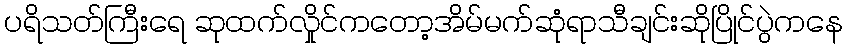
ပရိသတ်ကြီးရေ ဆုထက်လှိုင်ကတော့အိမ်မက်ဆုံရာသီချင်းဆိုပြိုင်ပွဲကနေ